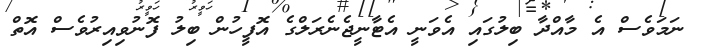
ނަމަވެސް އެ މާއްދާ ބިލުގައި އެވަނީ އެޓާނީޖެނެރަލްގެ އޮފީހުން ބިލު ފޮނުވިއިރުވެސް އޮތް